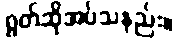
ရွတ်ဆိုအပ်သနည်း။